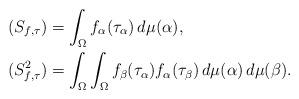
LaTeX: \begin{align*} &(S_{f,\tau})=\int_\Omega f_\alpha (\tau_\alpha)\, d \mu(\alpha),\\ &(S_{f,\tau}^2)=\int_\Omega\int_\Omega f_\beta (\tau_\alpha)f_\alpha (\tau_\beta)\, d \mu(\alpha)\, d \mu(\beta). \end{align*}